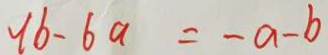
- 1 6 - 6 a = - a - b